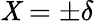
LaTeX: \mathit{X}=\pm\delta